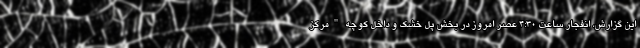
این گزارش، انفجار ساعت ۴:۳۰ عصر امروز در بخش پل خشک و داخل کوچهٔ "مرکز